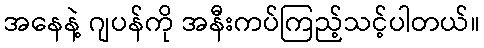
အနေနဲ့ ဂျပန်ကို အနီးကပ်ကြည့်သင့်ပါတယ်။